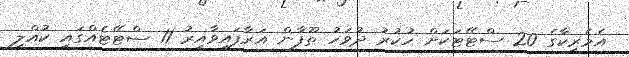
އެމެރިކާގެ 20 ސްޓޭޓަކަށް ހުކުރު ދުވަހު ތޫފާން އަރާފައިވާއިރު 11 ސްޓޭޓެއްގައި ކުއްލި